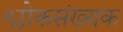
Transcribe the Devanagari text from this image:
श्लोकसंख्यक